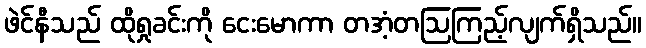
ဖဲင်နီသည် ထိုရှုခင်းကို ငေးမောကာ တအံ့တဩကြည့်လျက်ရှိသည်။